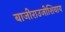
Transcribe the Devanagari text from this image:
बाजीराउजीशिवाय